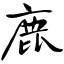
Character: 鹿